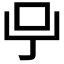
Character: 𠯃